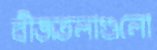
বীজতলাগুলো